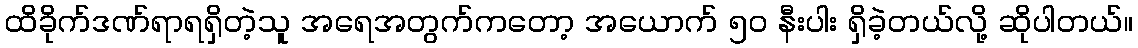
ထိခိုက်ဒဏ်ရာရရှိတဲ့သူ အရေအတွက်ကတော့ အယောက် ၅၀ နီးပါး ရှိခဲ့တယ်လို့ ဆိုပါတယ်။